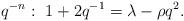
LaTeX: \begin{align*}q^{-n}: \ 1+2q^{-1}=\lambda-\rho q^{2} .\end{align*}